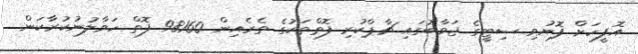
އޮފީހަށް ފޮނުވި ސިޓީގެ ޖަވާބުގައި ޗާޕްކުރި ފޮތްތަކުގެ ތެރެއިން 98160 ފޮތް ހަވާލުނުކުރާކަން